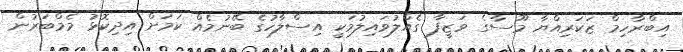
އިބްރާހިމް ޒަކަރިއްޔާ މޫސާގެ ވަޒީފާ ގެއްލުވައިލުމަކީ އިސްލާހުގެ ބޭނުމެއް ކަމަށް އިދިކޮޅު މެމްބަރުން